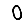
Digit: 0